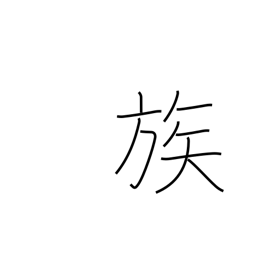
Meaning: tribe